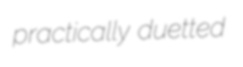
practically duetted